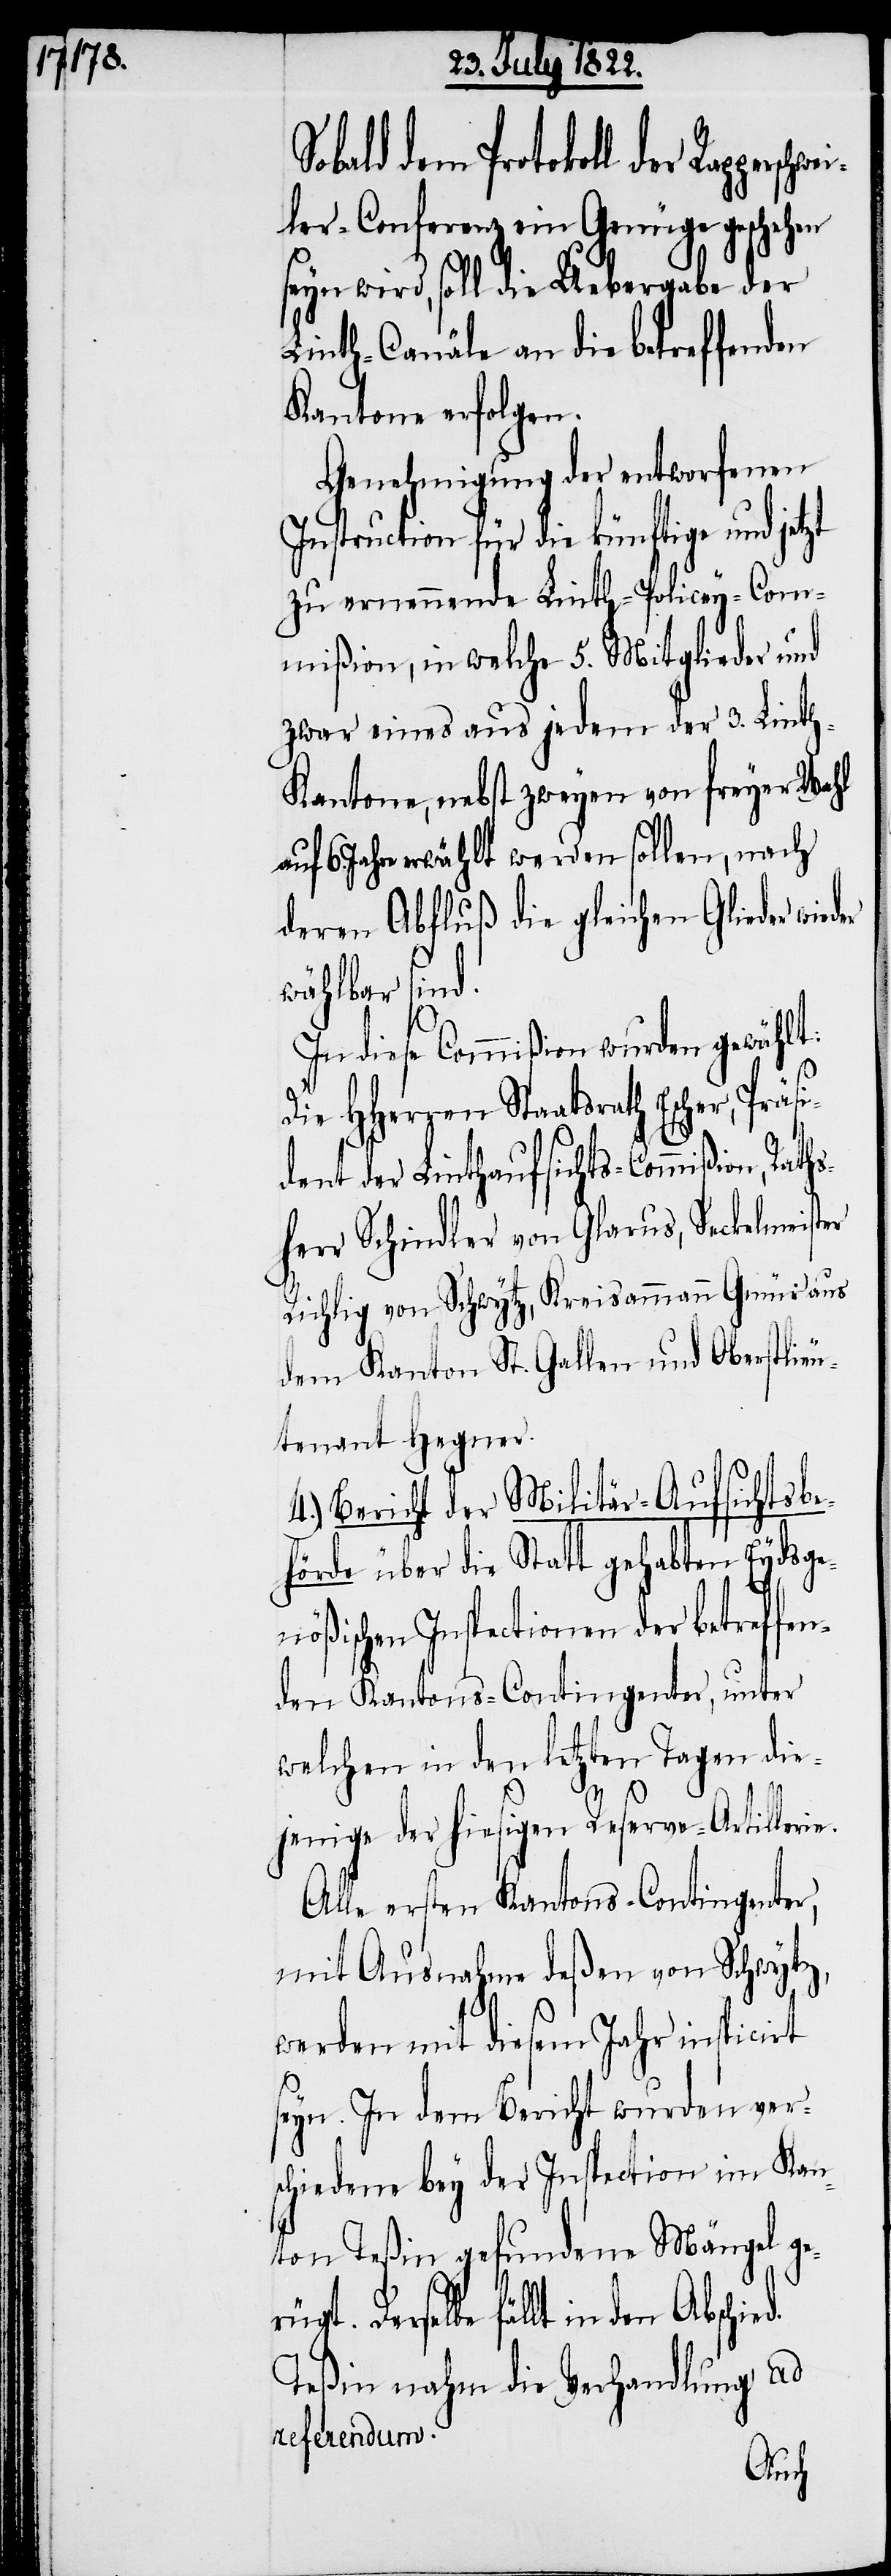
Sobald dem Protokoll der
ler-Conferenz ein Genüge geschehen
seyn wird, soll die Uebergabe der
Linth-Canäle an die betreffenden
Kantone erfolgen.
Genehmigung der entworfenen
Instruction für die künftige und
zu erneuernde Linth-Policey-Com¬
mißion, in welche 5. Mitglieder und
zwar eines aus jedem der 3. Lint¬
h-Kantone, nebst zweyen von freyer Wahl
Jahre erwählt werden sollen, nach
deren Abfluß die gleichen Glieder wied¬
wählbar sind.
r,
In diese Commißion wurden gewählt:
Die HHerren Staatsrath Escher, Präs¬
ident der Linthaufsichts-Commißion, Rath¬
sherr Schindler von Glarus, Seckelmeister
Richlig von Schwytz, Kreisammann Gmür aus
dem Kanton St. Gallen und Oberstlieu¬
tnant Hegner.
4.) Bericht der Militär-Aufsichtsbe¬
hörde über die Statt gehabten Eydsge¬
nößischen Inspectionen der betreffen¬
den Kantons-Contingenter, unter
welchen in den letzten Tagen die¬
jenige der hiesigen Reserve-Artilleri¬
Alle ersten Kantons-Contingente¬
mit Ausnahme deßen von Schwytz,
werden mit diesem Jahr inspicirt
seyn. In dem Bericht wurden ver¬
schiedene bey der Inspection im Kan¬
ton Teßin gefundene Mängel ge¬
rügt. Derselbe fällt in den
Teßin nahm die Verhandlung ad
referendum.